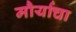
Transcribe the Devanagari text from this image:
मौर्याचा